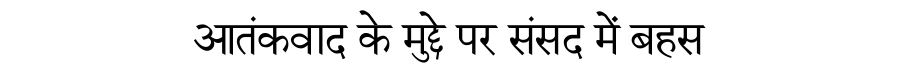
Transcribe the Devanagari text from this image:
आतंकवाद के मुद्दे पर संसद में बहस